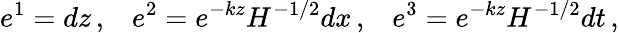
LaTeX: e^{1}=dz\, ,\; \; \; e^{2}=e^{-kz}H^{-1/2}dx\, ,\; \; \; e^{3}=e^{-kz}H^{-1/2}dt\, ,